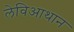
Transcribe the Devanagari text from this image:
लेविआथान